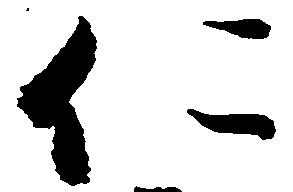
仁